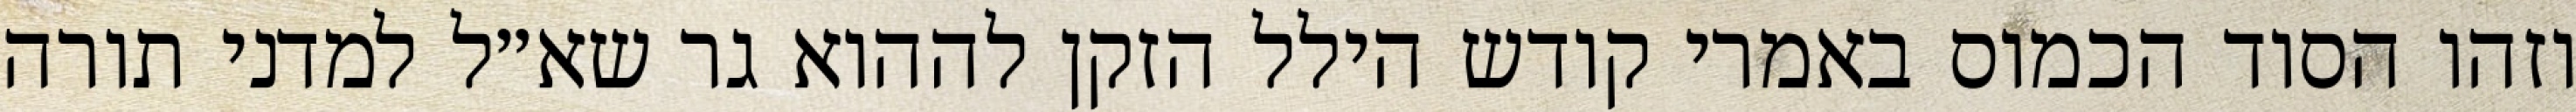
וזהו הסוד הכמוס באמרי קודש הילל הזקן לההוא גר שא״ל למדני תורה